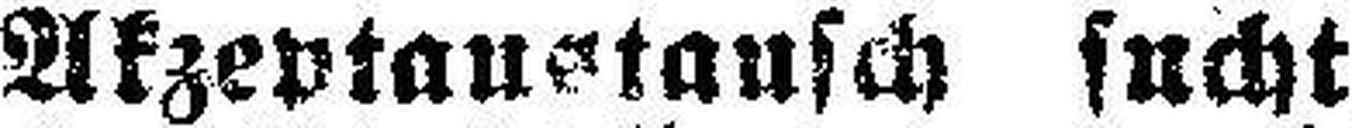
Akzeptaustausch sucht